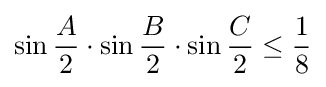
\sin {\frac {A}{2}}\cdot \sin {\frac {B}{2}}\cdot \sin {\frac {C}{2}}\leq {\frac {1}{8}}